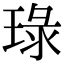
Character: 琭